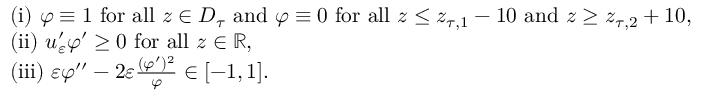
\begin{array} { r l } & { \mathrm { ( i ) ~ } \varphi \equiv 1 \mathrm { ~ f o r ~ a l l ~ } z \in D _ { \tau } \mathrm { ~ a n d ~ } \varphi \equiv 0 \mathrm { ~ f o r ~ a l l ~ } z \leq z _ { \tau , 1 } - 1 0 \mathrm { ~ a n d ~ } z \geq z _ { \tau , 2 } + 1 0 , } \\ & { \mathrm { ( i i ) ~ } u _ { \varepsilon } ^ { \prime } \varphi ^ { \prime } \geq 0 \mathrm { ~ f o r ~ a l l ~ } z \in \mathbb { R } , } \\ & { \mathrm { ( i i i ) ~ } \varepsilon \varphi ^ { \prime \prime } - 2 \varepsilon \frac { ( \varphi ^ { \prime } ) ^ { 2 } } { \varphi } \in [ - 1 , 1 ] . } \end{array}